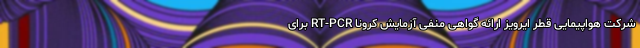
شرکت هواپیمایی قطر ایرویز ارائه گواهی منفی آزمایش کرونا RT-PCR برای